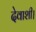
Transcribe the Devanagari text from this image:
देवाशी।